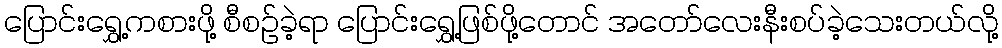
ပြောင်းရွှေ့ကစားဖို့ စီစဉ်ခဲ့ရာ ပြောင်းရွှေ့ဖြစ်ဖို့တောင် အတော်လေးနီးစပ်ခဲ့သေးတယ်လို့